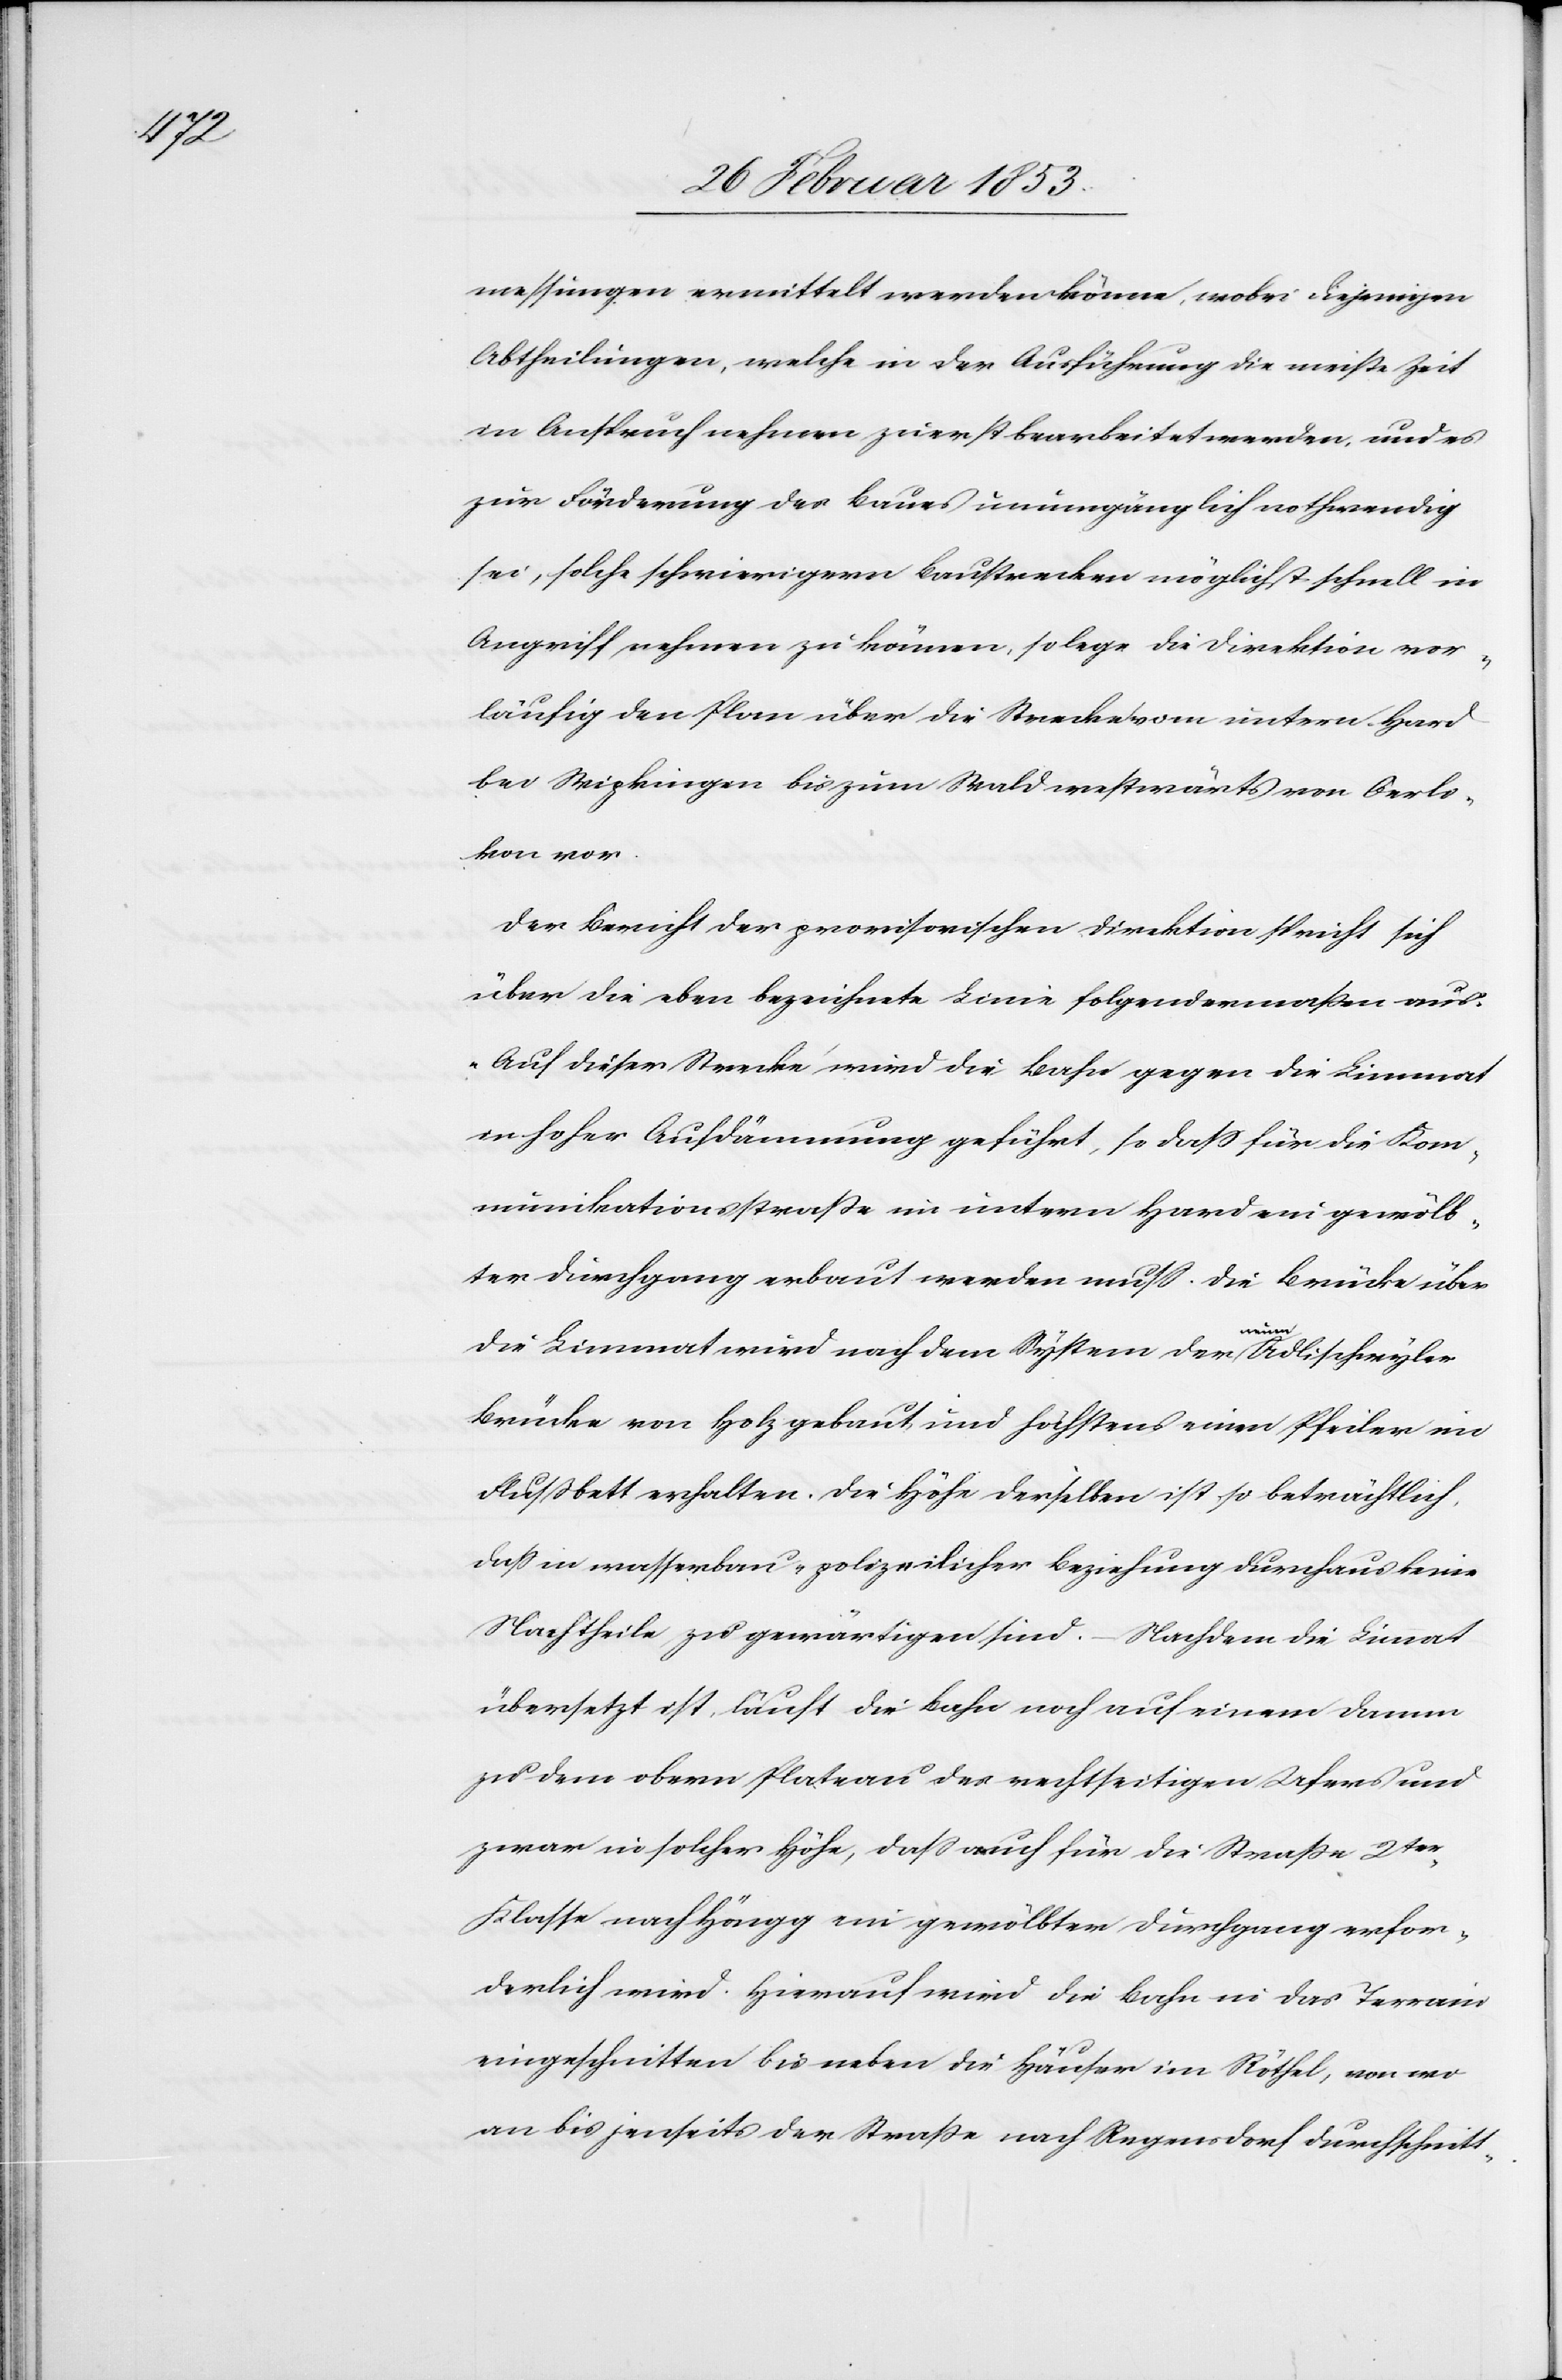
messungen ermittelt werden könne, wobei diejenigen
Abtheilungen, welche in der Ausführung die meiste Zeit
in Anspruch nehmen zuerst bearbeitet werden, und es
zur Förderung des Baues unumgänglich nothwendig
sei, solche schwierigern Baustrecken möglichst schnell im
Angriff nehmen zu können, so lege die Direktion vor¬
läufig den Plan über die Strecke vom untern Hard
bei Wipkingen bis zum Wald westwärts von Oerli¬
kon vor.
Der Bericht der provisorischen Direktion spricht sich
über die oben bezeichnete Linie folgendermaßen aus.
Auf dieser Strecke wird die Bahn gegen die Limmat
in hoher Aufdämmerung geführt, so daß für die Kom¬
munikationsstraße im untern Hard ein gewölb¬
ter Durchgang erbaut werden muß. Die Brücke über
Ver¬
die Limmat wird nach dem System der neuen Adlischwyler
Brücke von Holz gebaut, und höchstens einen Pfeiler im
Flußbett erhalten. Die Höhe derselben ist so beträchtlich,
daß in wasserbau-polizeilicher Beziehung durchaus keine
Nachtheile zu gewärtigen sind. – Nachdem die Limat
übersetzt ist, läuft die Bahn noch auf einem Damm
zu dem obern Plateau des rechtseitigen Ufers und
zwar in solcher Höhe, daß auch für die Straße 2ter.
Klasse nach Höngg ein gewölbter Durchgang erfor¬
derlich wird. Hierauf wird die Bahn in das Terrain
eingeschnitten bis neben die Häuser im Röthel, von wo
an bis jenseits der Straße nach Regensdorf durchschnitt-